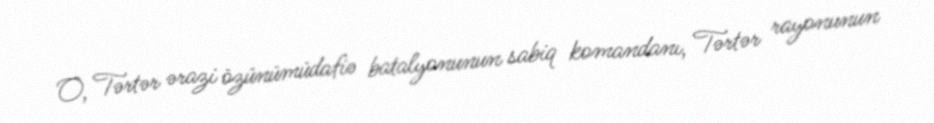
O, Tərtər ərazi özünümüdafiə batalyonunun sabiq komandanı, Tərtər rayonunun